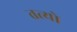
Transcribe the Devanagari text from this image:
तत्यो